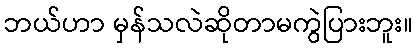
ဘယ်ဟာ မှန်သလဲဆိုတာမကွဲပြားဘူး။